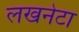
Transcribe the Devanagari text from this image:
लखनेटा